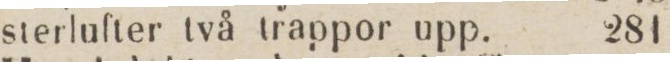
sterlufter två trappor upp.    281